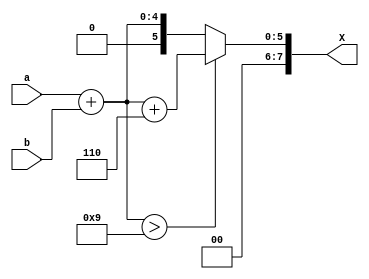
// Filename         :myBCDAdder
// Assignment       :BCD
// Description      : greater than 9 we add 6 
// Modification Date: 10/28/2021

module myBCDAdder (
input [3:0] a,
input [3:0] b, 
output[7:0] X //sum 
);

assign X =((a+b) > 9) ? ((a+b) +6) : (a+b);
    

endmodule